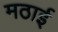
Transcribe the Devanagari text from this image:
मठाई